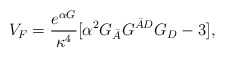
\begin{align*}V_F = \frac{e^{\alpha G}}{\kappa^4} \lbrack \alpha^2 G_{\bar A} G^{\bar A D} G_D - 3 \rbrack,\end{align*}